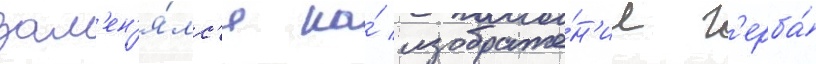
зам'ен'я́лс'я на́ изображе́н'ие г'ерба́